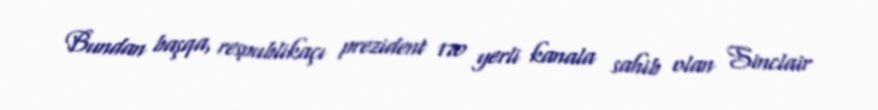
Bundan başqa, respublikaçı prezident 170 yerli kanala sahib olan Sinclair